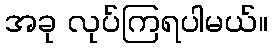
အခု လုပ်ကြရပါမယ်။